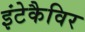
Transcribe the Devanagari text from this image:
इंटेकैविर